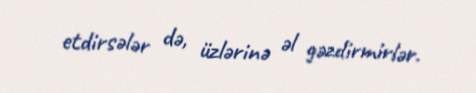
etdirsələr də, üzlərinə əl gəzdirmirlər.